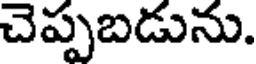
చెప్పబడును.